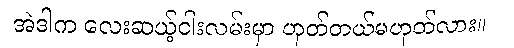
အဲဒါက လေးဆယ့်ငါးလမ်းမှာ ဟုတ်တယ်မဟုတ်လား။